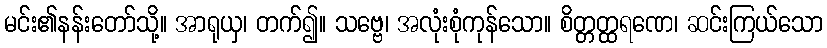
မင်း၏နန်းတော်သို့။ အာရုယှ၊ တက်၍။ သဗ္ဗေ၊ အလုံးစုံကုန်သော။ စိတ္တတ္ထရဏေ၊ ဆင်းကြယ်သော